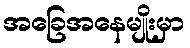
အခြေအနေမျိုးမှာ